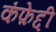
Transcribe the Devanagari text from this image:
कंफ़ेद्दी